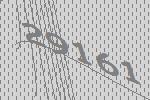
29161